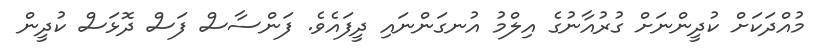
މުއްދަކަށް ކުދީންނަށް ގުރުއާނުގެ އިލްމު އުނގަންނައި ދީފައެވެ. ފަންސާސް ފަސް ދޮޅަސް ކުދީން